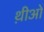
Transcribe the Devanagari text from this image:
थ़ीओ